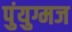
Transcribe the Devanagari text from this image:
पुंयुग्मज